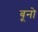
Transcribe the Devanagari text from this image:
बूनो